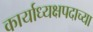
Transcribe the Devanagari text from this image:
कार्याध्यक्षपदाच्या